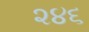
૨૪૬